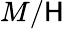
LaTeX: M/\mathsf{H}